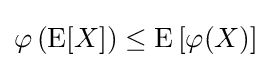
\varphi \left(\operatorname {E} [X]\right)\leq \operatorname {E} \left[\varphi (X)\right]